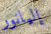
إليانور